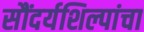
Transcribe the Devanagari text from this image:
सौंदर्यशिल्पांचा